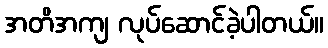
အတိအကျ လုပ်ဆောင်ခဲ့ပါတယ်။